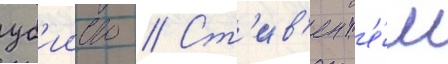
уб'ииство // Ст'ив'ен т'е́м